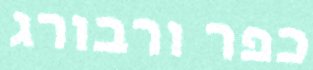
כפר ורבורג